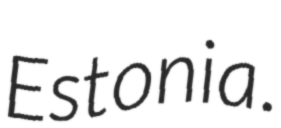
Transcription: Estonia.